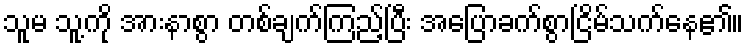
သူမ သူ့ကို အားနာစွာ တစ်ချက်ကြည့်ပြီး အပြောခက်စွာငြိမ်သက်နေ၏။